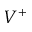
V ^ { + }